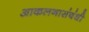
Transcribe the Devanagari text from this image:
आकलनासंबंधी